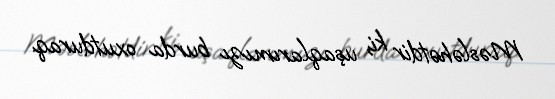
Məsləhətdir ki, uşaqlarımızı burda oxutduraq.